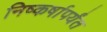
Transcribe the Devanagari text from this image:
निष्कर्षापर्यंत